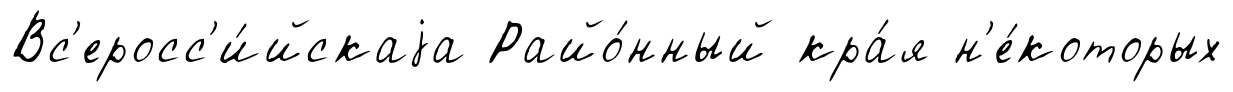
Вс'еросс'и́йскаjа Райо́нный кра́я н'е́которых